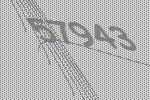
57943